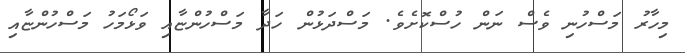
މިހާރު މަސްހުނި ވެސް ނަން ހުސްކޮށެވެ. މަސްދަޅުން ހަދާ މަސްހުންޏާއި ވަޅޯމަހު މަސްހުންޏާއި